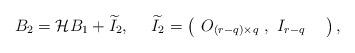
LaTeX: \begin{align*}B_{2}={\mathcal{H}}B_{1}+\widetilde{I}_{2},\ \ \ \ \widetilde{I}_{2}=\left(\begin{array}{cc}O_{\left( r-q\right) \times q}\ ,\ I_{r-q} &\end{array}\right) , \end{align*}